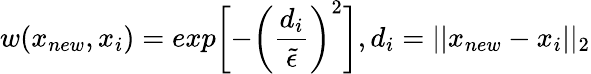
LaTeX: w(x_{new},x_{i})=exp\bigg[{-\left(\frac{d_{i}}{\tilde{\epsilon}}\right)^{2}\bigg]},d_{i}=||x_{new}-x_{i}||_{2}